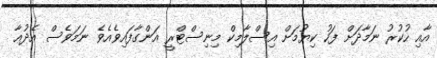
އާއި ހުކުރު ނަމާދަށް ފަހު ކިޔުމަށް އިސްލާމިކް މިނިސްޓްރީ އަންގާފައިވެއެވެ ނަމަވެސް އެދުޢާ